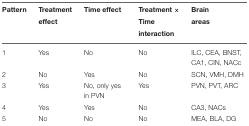
<table><thead><tr><td><b>Pattern</b></td><td><b>Treatment effect</b></td><td><b>Time effect</b></td><td><b>Treatment × Time interaction</b></td><td><b>Brain areas</b></td></tr></thead><tbody><tr><td>1</td><td>Yes</td><td>No</td><td>No</td><td>ILC, CEA, BNST, CA1, CIN, NACc</td></tr><tr><td>2</td><td>No</td><td>Yes</td><td>No</td><td>SCN, VMH, DMH</td></tr><tr><td>3</td><td>Yes</td><td>No, only yes in PVN</td><td>Yes</td><td>PVN, PVT, ARC</td></tr><tr><td>4</td><td>Yes</td><td>Yes</td><td>No</td><td>CA3, NACs</td></tr><tr><td>5</td><td>No</td><td>No</td><td>No</td><td>MEA, BLA, DG</td></tr></tbody></table>